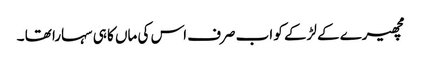
مچھیرے کے لڑکے کو اب صرف اس کی ماں کا ہی سہارا تھا ۔